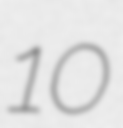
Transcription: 10